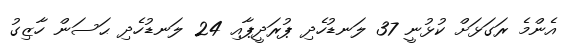
އެންމެ ރަގަޅަށް ކުޅުނީ 37 ލަނޑުހެދި ޕުރަދީޕާއި 24 ލަނޑުހެދި ޙަސަން ހާޒިގު